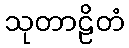
သုတာဠိတံ